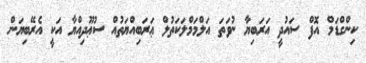
ކިންގްޑަމް އޮފް ސައުދީ އަރަބިޔާ ނުވަތަ އަލްމަމްލަކަތުލް ޢަރަބިއްޔަތުއް ސުޢޫދިއްޔާ އަކީ އެރޭބިޔަން